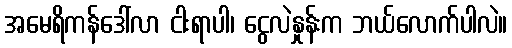
အမေရိကန်ဒေါ်လာ ငါးရာပါ၊ ငွေလဲနှုန်းက ဘယ်လောက်ပါလဲ။